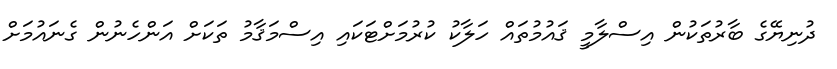
ދުނިޔޭގެ ބާރުތަކުން އިސްލާމީ ޤައުމުތައް ހަލާކު ކުރުމަށްޓަކައި އިސްމަޤާމު ތަކަށް އަންހެނުން ގެނައުމަށް